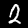
Label: 2